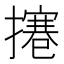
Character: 𢶊